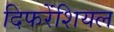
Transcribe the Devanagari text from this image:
दिफरेंशियल